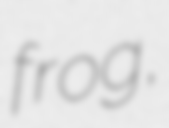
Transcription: frog,